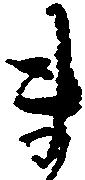
ま